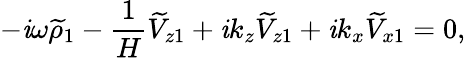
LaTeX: -\mathit{i}\omega\widetilde{{\rho}}_{1}-\frac{{1}}{{H}}\widetilde{{V}}_{z1}+\mathit{i}k_{z}\widetilde{{V}}_{z1}+\mathit{i}k_{x}\widetilde{{V}}_{x1}=0,